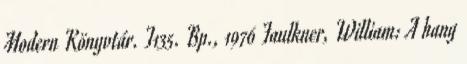
Modern Könyvtár. T135. Bp., 1976 Faulkner, William: A hang